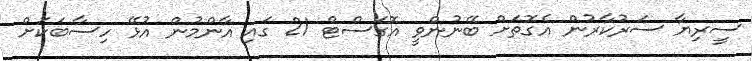
ސީރިޔާ ސަރުކާރުން އެގޮތަށް ބޭނުންވީ އޮގަސްޓް 21 ގައި އާންމުން އުޅޭ ހިސާބަކަށް